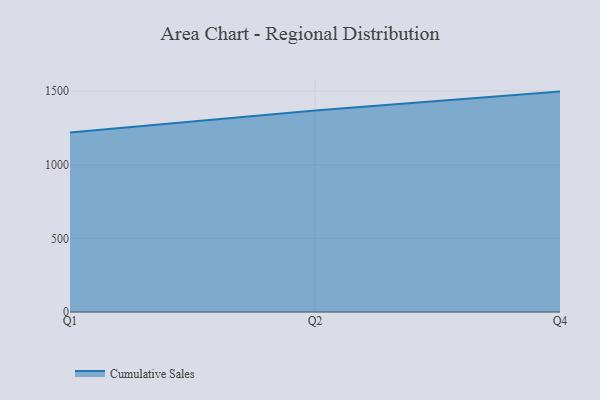
{"axis": {"x": "Quarter", "y": "Waste Production (Tons)"}, "legend": ["Cumulative Sales"], "data": [{"x": "Q1", "y": 1218.6, "type": "Cumulative Sales"}, {"x": "Q2", "y": 1366.8, "type": "Cumulative Sales"}, {"x": "Q4", "y": 1495.9, "type": "Cumulative Sales"}]}